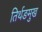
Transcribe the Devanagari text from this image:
तिर्थङमुख